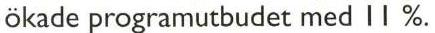
ökade programutbudet med 11 %.